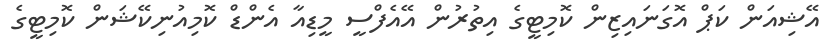
އޭޝިއަން ކަޕް އޮގަނައިޒިން ކޮމިޓީގެ އިތުރުން އޭއެފްސީ މީޑިއާ އެންޑް ކޮމިއުނިކޭޝަން ކޮމިޓީގެ